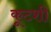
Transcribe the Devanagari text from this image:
कूटशी